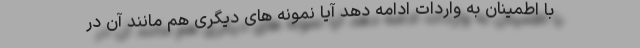
با اطمینان به واردات ادامه دهد آیا نمونه های دیگری هم مانند آن در